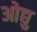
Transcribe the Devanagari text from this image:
ओद्यु